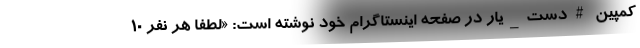
کمپین #دست_یار در صفحه اینستاگرام خود نوشته است: «لطفا هر نفر ۱۰